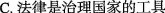
C.法律是治理国家的工具